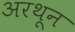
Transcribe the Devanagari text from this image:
अरथून